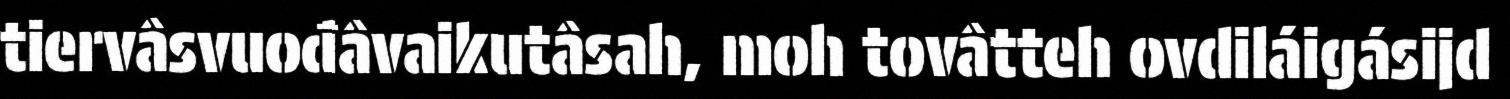
tiervâsvuođâvaikutâsah, moh tovâtteh ovdiláigásijd